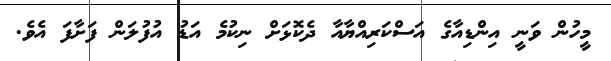
މީހުން ވަނީ އިންޑިއާގެ އަސްކަރިއްޔާއާ ދެކޮޅަށް ނިކުމެ އަޑު އުފުލަން ފަށާފަ އެވެ.